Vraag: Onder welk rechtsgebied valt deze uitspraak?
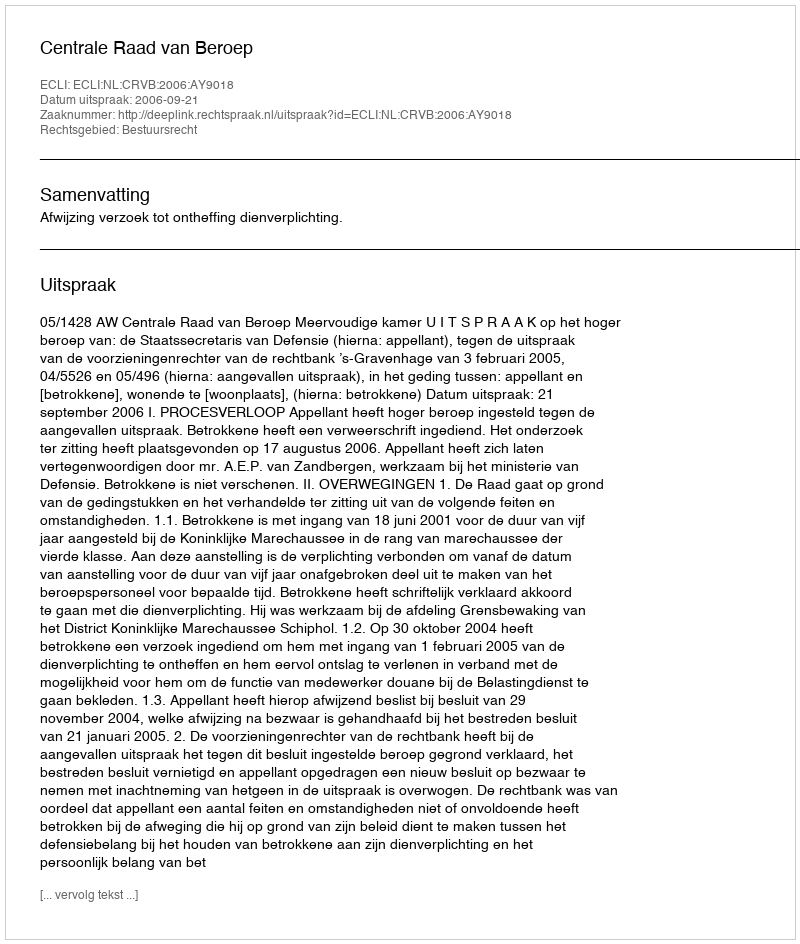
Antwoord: Bestuursrecht